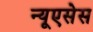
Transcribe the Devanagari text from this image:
न्यूएसेस